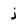
Character: j